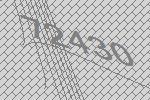
72430